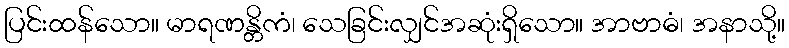
ပြင်းထန်သော။ မာရဏန္တိကံ၊ သေခြင်းလျှင်အဆုံးရှိသော။ အာဗာဓံ၊ အနာသို့။